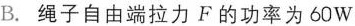
B.绳子自由端拉力F的功率为60W